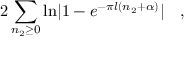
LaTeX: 2 \sum _ { n _ { 2 } \ge 0 } \mathrm { l n } | 1 - e ^ { - \pi l ( n _ { 2 } + \alpha ) } | \quad ,